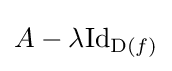
A-\lambda \mathrm {Id} _{\operatorname {D} (f)}